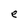
Character: e